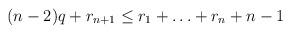
\begin{align*}(n-2)q + r_{n+1} \le r_1 + \ldots + r_n + n-1\end{align*}